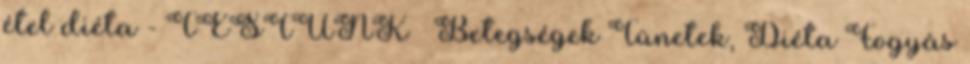
étel diéta - TESTÜNK – Betegségek Tünetek, Diéta Fogyás